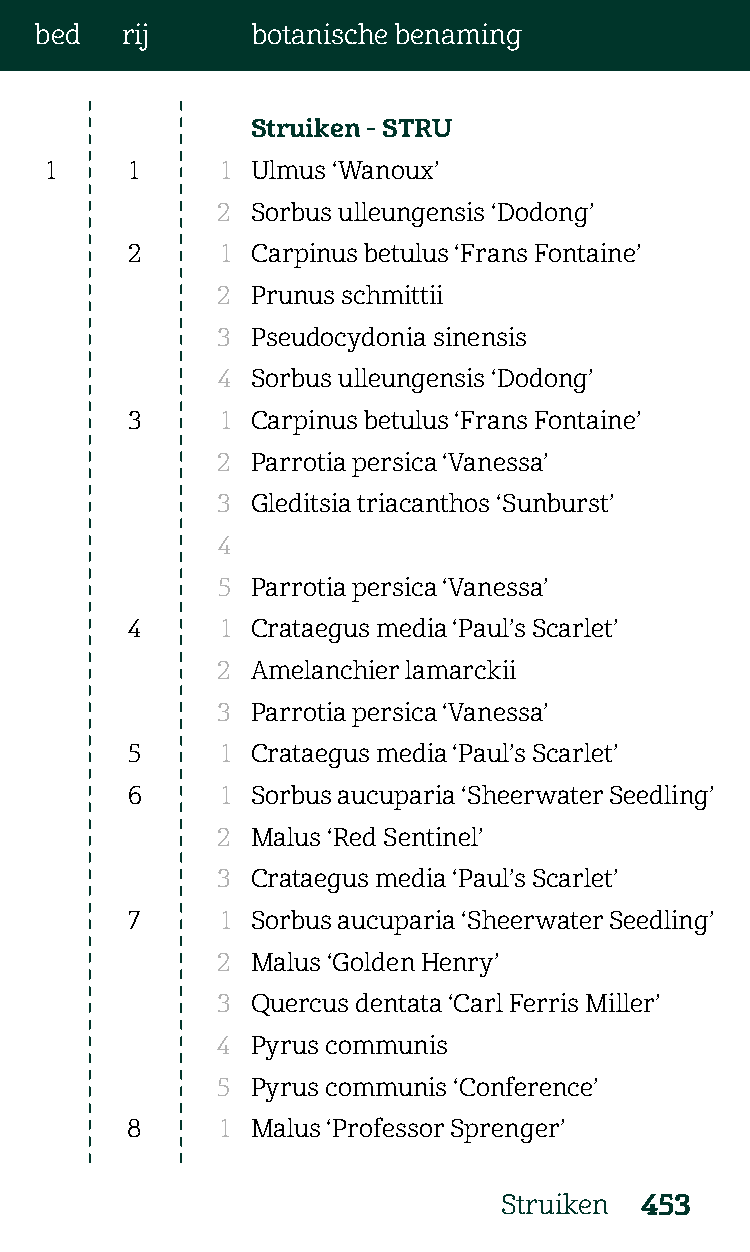
bed   rij      botanische benaming
 Struiken - STRU
 1     1     1 Ulmus ‘Wanoux’
 2  Sorbus ulleungensis ‘Dodong’
 2      1 Carpinus betulus ‘Frans Fontaine’
 2  Prunus schmittii
 3  Pseudocydonia sinensis
 4  Sorbus ulleungensis ‘Dodong’
 3      1 Carpinus betulus ‘Frans Fontaine’
 2  Parrotia persica ‘Vanessa’
 3  Gleditsia triacanthos ‘Sunburst’
 4
 5  Parrotia persica ‘Vanessa’
 4      1 Crataegus media ‘Paul’s Scarlet’
 2  Amelanchier lamarckii
 3  Parrotia persica ‘Vanessa’
 5      1 Crataegus media ‘Paul’s Scarlet’
 6      1 Sorbus aucuparia ‘Sheerwater Seedling’
 2  Malus ‘Red Sentinel’
 3  Crataegus media ‘Paul’s Scarlet’
 7     1 Sorbus aucuparia ‘Sheerwater Seedling’
 2  Malus ‘Golden Henry’
 3  Quercus dentata ‘Carl Ferris Miller’
 4  Pyrus communis
 5  Pyrus communis ‘Conference’
 8      1 Malus ‘Professor Sprenger’
 Struiken 453